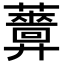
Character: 𧃻